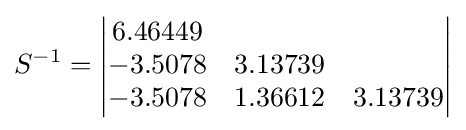
S^{-1}={\begin{vmatrix}6.46449\\-3.5078&3.13739\\-3.5078&1.36612&3.13739\\\end{vmatrix}}